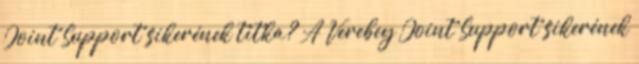
Joint Support sikerének titka? A Verebey Joint Support sikerének